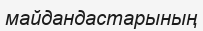
майдандастарының